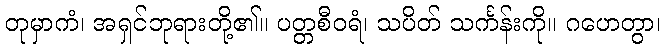
တုမှာကံ၊ အရှင်ဘုရားတို့၏။ ပတ္တစီဝရံ၊ သပိတ် သင်္ကန်းကို။ ဂဟေတွာ၊